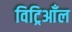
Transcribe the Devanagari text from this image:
विट्रिआँल